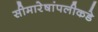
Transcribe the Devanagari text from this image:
सीमारेषांपलीकडे